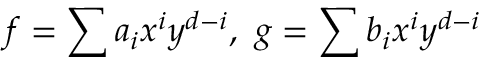
f = \sum a _ { i } x ^ { i } y ^ { d - i } , \ g = \sum b _ { i } x ^ { i } y ^ { d - i }